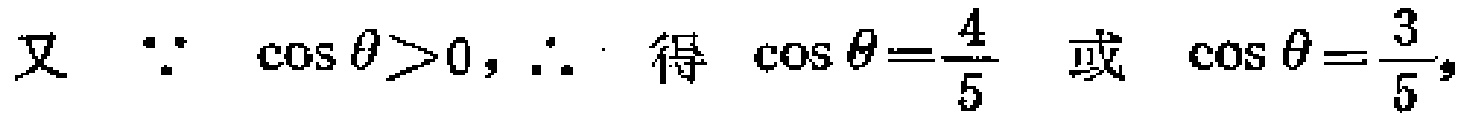
又 $\because \cos \theta>0, \therefore$ 得 $\cos \theta=\frac{4}{5}$ 或 $\cos \theta=\frac{3}{5}$,